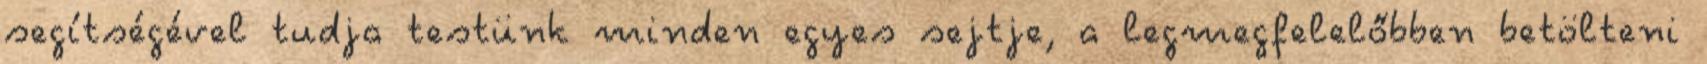
segítségével tudja testünk minden egyes sejtje, a legmegfelelőbben betölteni